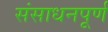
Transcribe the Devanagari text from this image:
संसाधनपूर्ण